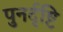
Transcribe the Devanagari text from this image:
पुनर्दृष्टि